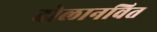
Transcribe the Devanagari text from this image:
दोलानवित